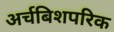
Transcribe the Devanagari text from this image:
अर्चबिशपरिक